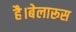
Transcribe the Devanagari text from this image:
है।बेलारूस